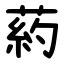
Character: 葯